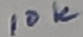
Text: 10K